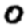
Digit: 0